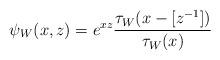
LaTeX: \begin{align*} \psi_{W}(x,z) = e^{xz} \frac{\tau_{W}(x-[z^{-1}])} {\tau_{W}(x)}\end{align*}